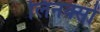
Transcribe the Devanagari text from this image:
लिनक्सों